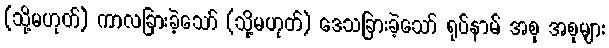
(သို့မဟုတ်) ကာလခြားခဲ့သော် (သို့မဟုတ်) ဒေသခြားခဲ့သော် ရုပ်နာမ် အစု အစုများ